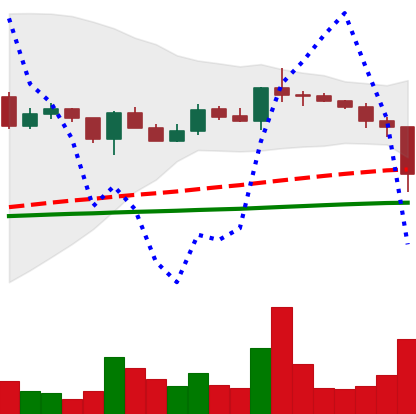
Ticker: XLM-USD
Chart end date: 2020-12-23
Forward return: 14.157%
Label: up_7plus